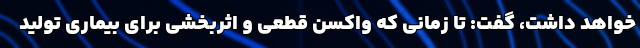
خواهد داشت، گفت: تا زمانی که واکسن قطعی و اثربخشی برای بیماری تولید